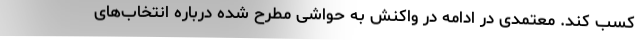
کسب کند. معتمدی در ادامه در واکنش به حواشی مطرح شده درباره انتخاب‌های